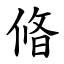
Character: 㫦